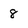
Character: 8